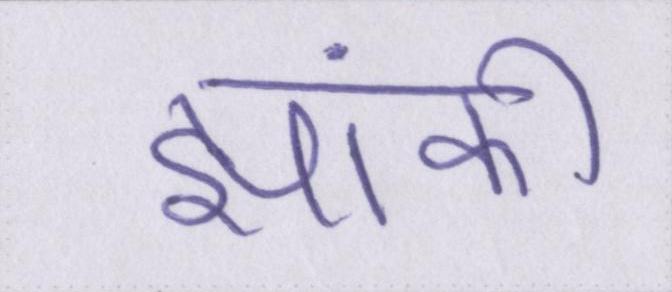
झांकी